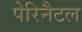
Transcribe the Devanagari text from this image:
पेरिनैटल